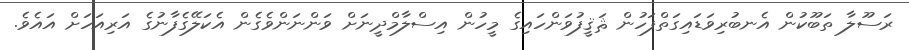
ރަސޫލާ ތަބޫކުން އެނބުރިވަޑައިގަތްފަހުން ޘަޤީފުވަންހައިގެ މީހުން އިސްލާމްދީނަށް ވަންނަންވެގެން އެކަލޭގެފާނުގެ އަރިއަހަށް އައެވެ.